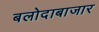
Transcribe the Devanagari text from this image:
बलोदाबाजार